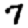
Digit: 7